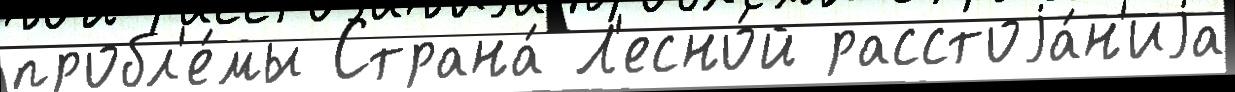
пробл'е́мы Страна́ Л'есно́й расстоjа́н'иjа